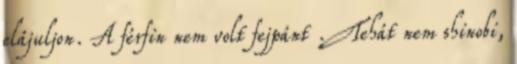
elájuljon. A férfin nem volt fejpánt .Tehát nem shinobi,